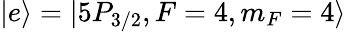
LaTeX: |e\rangle=|5P_{3/2},F=4,m_{F}=4\rangle